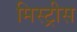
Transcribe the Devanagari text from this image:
मिस्ट्रीस